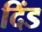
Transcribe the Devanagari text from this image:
दिंड